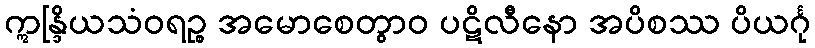
ဣန္ဒြိယသံဝရဉ္စ အမောစေတွာဝ ပဋိလီနော အပိစဿ ပိယင်္ဂု